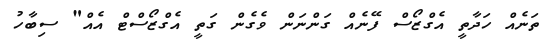
ތަނެއް ހަދާތީ އެގްޒޯސް ފޭނެއް ގަންނަން ވެގެން ގަތީ އެގްޒޯސްޓް އެއް" ސިބާހު